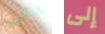
باكس إلى